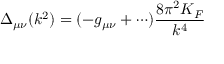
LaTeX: \Delta _ { \mu \nu } ( k ^ { 2 } ) = ( - g _ { \mu \nu } + \cdots ) \frac { 8 \pi ^ { 2 } K _ { F } } { k ^ { 4 } }